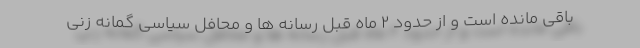
باقی مانده است و از حدود 2 ماه قبل رسانه ها و محافل سیاسی گمانه زنی